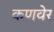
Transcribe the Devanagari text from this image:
कणवेर